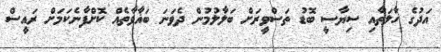
އަދުގެ ހާލަތާއި ސިޔާސީ ބޮޑު ތަސްވީރަށް ބަލާލުމުން ދެވަނަ ބަޣާވާތެއް ކޮށްފާނެކަމަށް ރައީސް